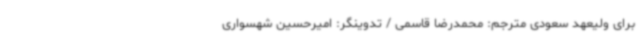
برای ولیعهد سعودی مترجم:‌ محمدرضا قاسمی / تدوینگر: امیرحسین شهسواری